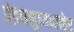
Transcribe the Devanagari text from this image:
इंद्रधनुष्याबाहेर